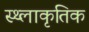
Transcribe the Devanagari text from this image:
स्थ्लाकृतिक